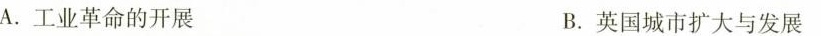
A.工业革命的开展 B.英国城市扩大与发展